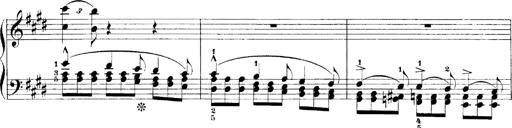
Title: LiebestrÃ¤ume
Composer: Franz Behr
Key: E-flat major